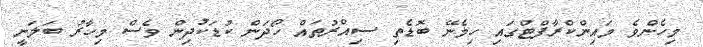
މިހެންވެ މައިންކްރާފްޓްގައި ހިމެނޭ ބޮޑެތި ސިއްރުތައް ހޯދަން ކުޑަކުދިން ވެސް މިހާރު ބަލަނީ